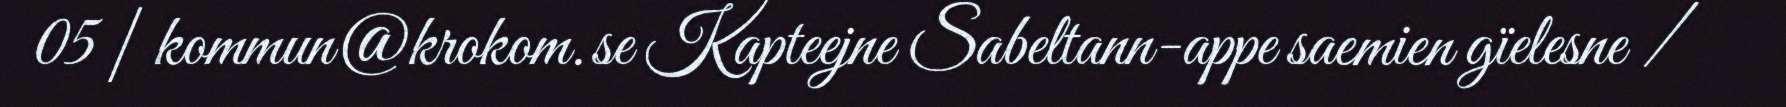
05 | kommun@krokom.se Kapteejne Sabeltann-appe saemien gïelesne /